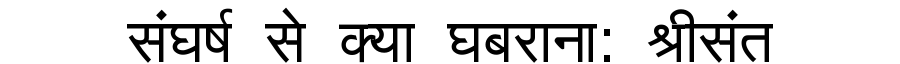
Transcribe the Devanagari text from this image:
संघर्ष से क्या घबराना: श्रीसंत